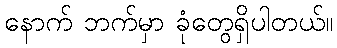
နောက် ဘက်မှာ ခုံတွေရှိပါတယ်။